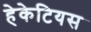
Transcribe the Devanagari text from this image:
हेकेटियस